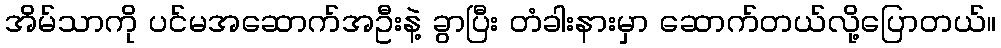
အိမ်သာကို ပင်မအဆောက်အဦးနဲ့ ခွာပြီး တံခါးနားမှာ ဆောက်တယ်လို့ပြောတယ်။